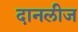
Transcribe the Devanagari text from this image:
दानलीज